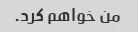
من خواهم کرد.